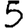
Digit: 5